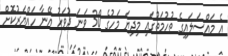
އެ މައްސަލައިގެ ތުހުމަތުގައި މިދިޔަ މަހުގެ 30 ވަނަ ދުވަހު އޭނާ ހައްޔަރުކޮށް